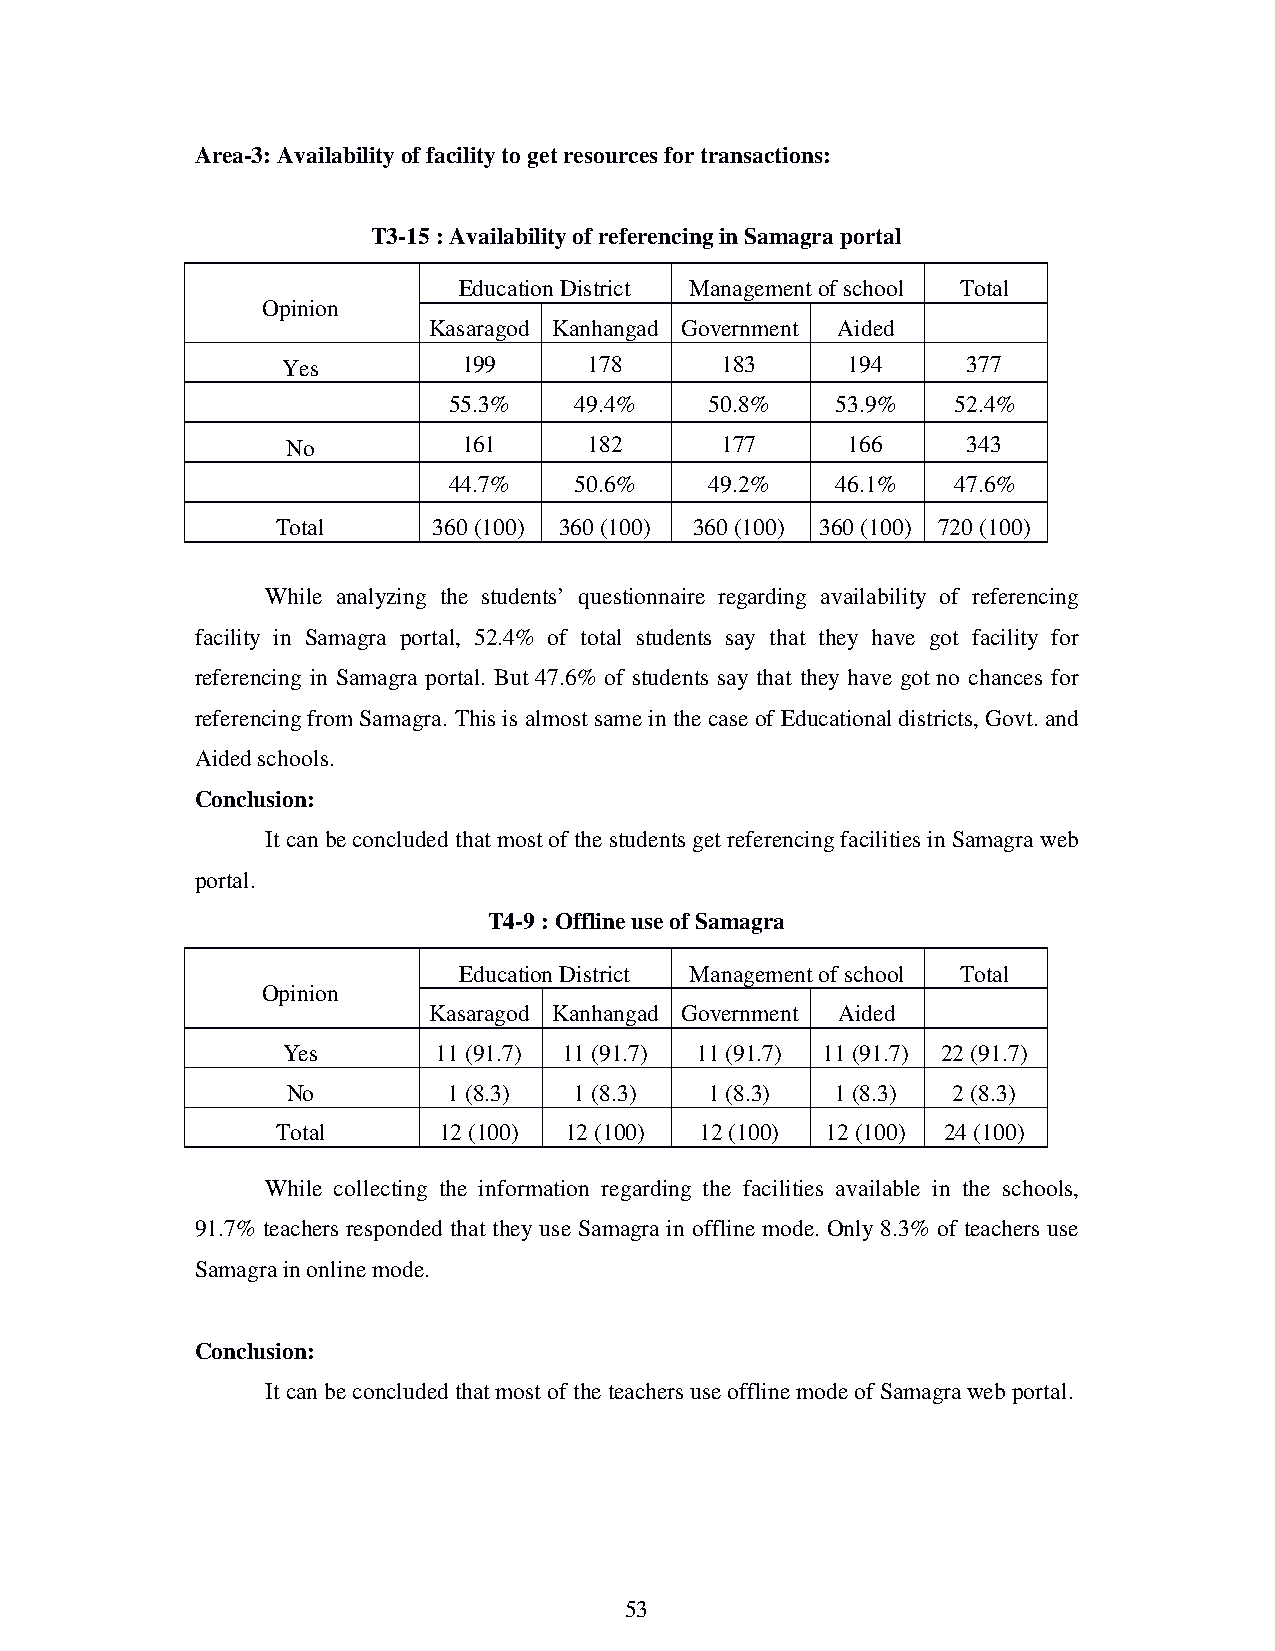
Area-3: Availability of facility to get resources for transactions:
 T3-15 : Availability of referencing in Samagra portal
 Education District Management of school Total
 Opinion
 Kasaragod Kanhangad Government Aided
 Yes         199     178      183     194     377
 55.3%   49.4%    50.8%   53.9%   52.4%
 No          161     182      177     166     343
 44.7%   50.6%    49.2%   46.1%   47.6%
 Total      360 (100) 360 (100) 360 (100) 360 (100) 720 (100)
 While analyzing the students’ questionnaire regarding availability of referencing
 facility in Samagra portal, 52.4% of total students say that they have got facility for
 referencing in Samagra portal. But 47.6% of students say that they have got no chances for
 referencing from Samagra. This is almost same in the case of Educational districts, Govt. and
 Aided schools.
 Conclusion:
 It can be concluded that most of the students get referencing facilities in Samagra web
 portal.
 T4-9 : Offline use of Samagra
 Education District Management of school Total
 Opinion
 Kasaragod Kanhangad Government Aided
 Yes       11 (91.7) 11 (91.7) 11 (91.7) 11 (91.7) 22 (91.7)
 No         1 (8.3) 1 (8.3)  1 (8.3) 1 (8.3) 2 (8.3)
 Total      12 (100) 12 (100) 12 (100) 12 (100) 24 (100)
 While collecting the information regarding the facilities available in the schools,
 91.7% teachers responded that they use Samagra in offline mode. Only 8.3% of teachers use
 Samagra in online mode.
 Conclusion:
 It can be concluded that most of the teachers use offline mode of Samagra web portal.
 53